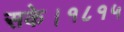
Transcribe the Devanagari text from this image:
सके।१८१५